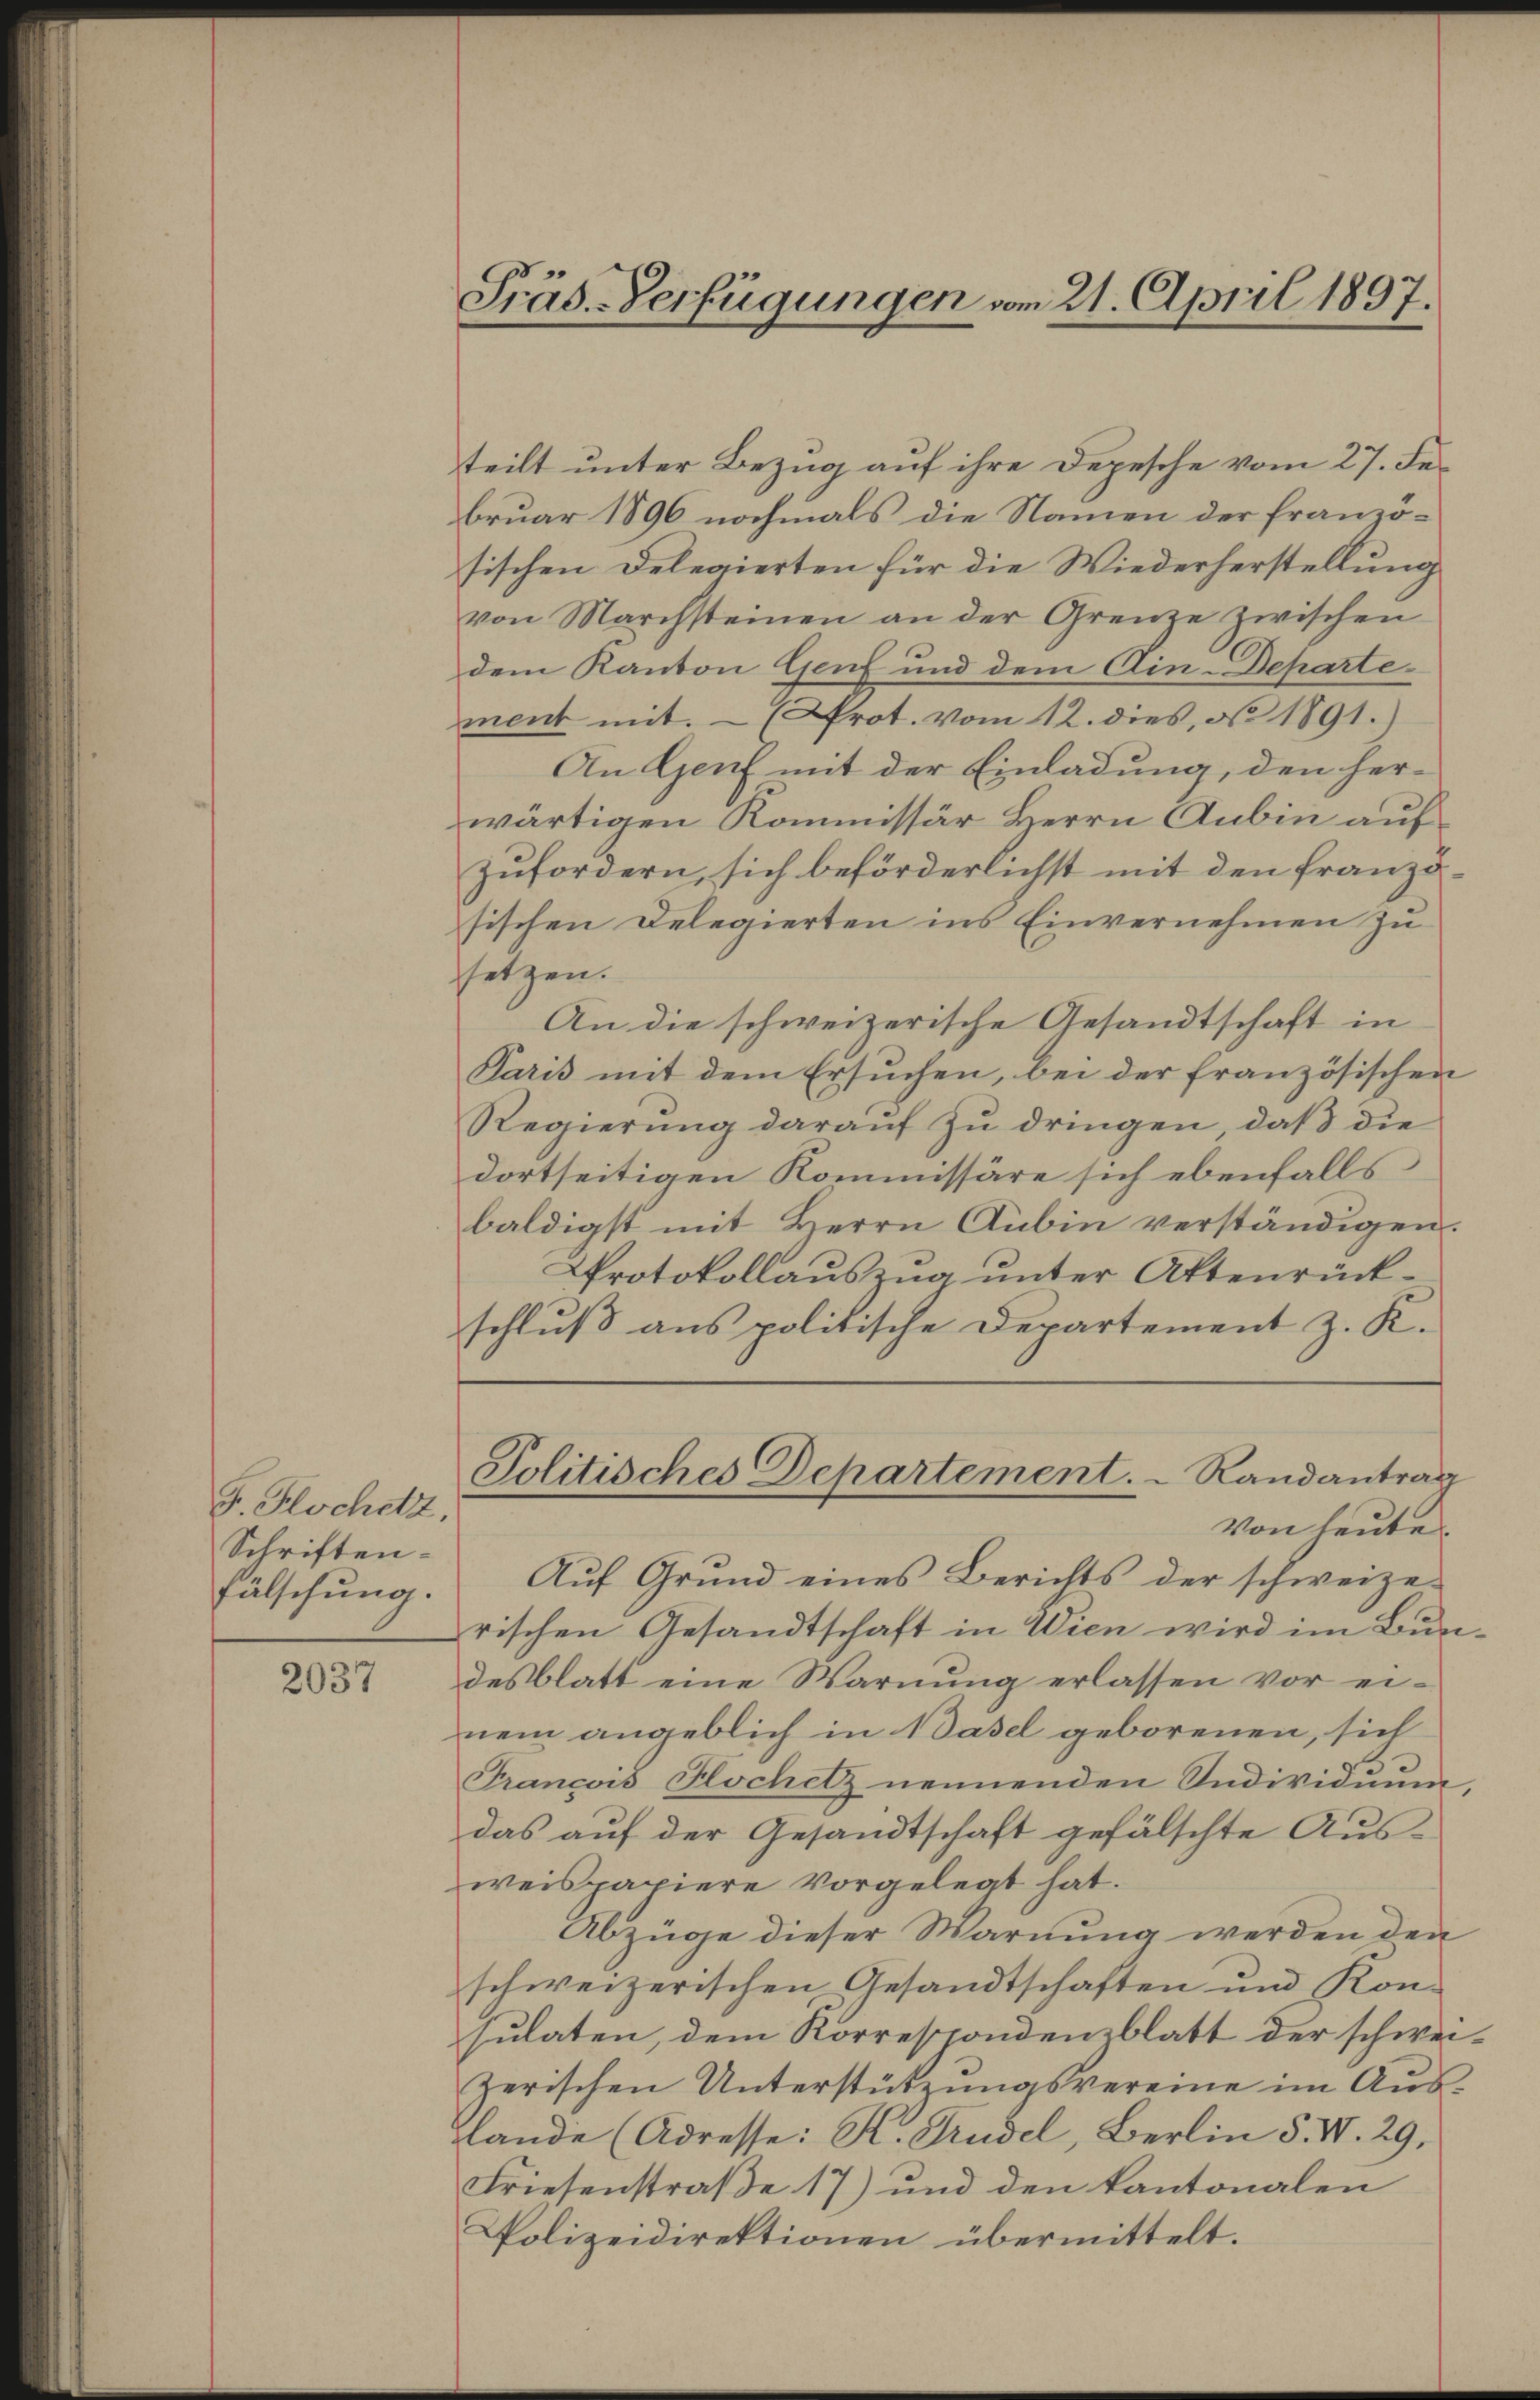
F. Hochetz,
Schriften.
fälschung.

2037

Präs.-Verfügungen vom 21. April 1897

Paris mit dem Ersuchen, bei der französischen
Regierung darauf zu dringen, daß die
dortseitigen Kommissäre sich ebenfalls
baldigst mit Herrn Aubin verständigen.
Protokollauszug unter Attenrückschluß aus politische Departement z. K.

teilt unter Bezug auf ihre Depesche vom 27. Februar 1896 nochmals die Namen der franzosischen Delegierten für die Wiederherstellung
von Marchsteinen an der Grenze zwischen
dem Kanton Genf und dem Ain-Departement mit. Prot. vom 12. dies, No. 1891.)
An Genf mit der Einladung, den herwärtigen Kommissär Herrn Anbin auf
zufordern, sich beförderlichst mit den französischen Delegierten ins Einvernehmen zu
setzen.
An die schweizerische Gesandtschaft in
Politisches Departement.   Randantrag
Von heute.
Auf Grund eines Berichts der schweizerischen Gesandtschaft in Wien wird im Bundesblatt eine Warnung erlassen vor ei-
nem angeblich in Basel geborenen, sich
François Hochetz nennenden Sudividuum,
das auf der Gesandtschaft gefälschte Aus-
weispapiere vorgelegt hat.
Abzüge dieser Warnung werden den
schweizerischen Gesandtschaften und Kon-
sulaten, dem Korrespondenzblatt der schweizerischen Unterstützungsvereine im Auslande (Adresse: K. Prudel, Berlin §. W. 29.
Friesenstraße 17) und den kantonalen
Polizeidirektionen übermittelt.